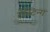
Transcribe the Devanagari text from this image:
टेस्टिन्ग